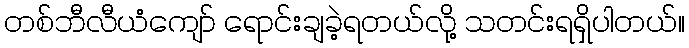
တစ်ဘီလီယံကျော် ရောင်းချခဲ့ရတယ်လို့ သတင်းရရှိပါတယ်။